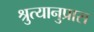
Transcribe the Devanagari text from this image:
श्रुत्यानुप्रास